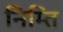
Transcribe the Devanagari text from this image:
निम्ति